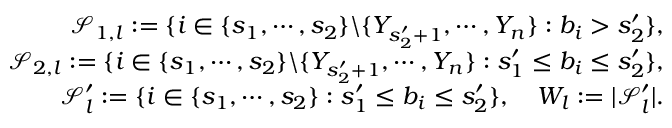
\begin{array} { r l r } & { } & { \mathcal { S } _ { 1 , l } : = \{ i \in \{ s _ { 1 } , \cdots , s _ { 2 } \} \backslash \{ Y _ { s _ { 2 } ^ { \prime } + 1 } , \cdots , Y _ { n } \} : b _ { i } > s _ { 2 } ^ { \prime } \} , } \\ & { } & { \mathcal { S } _ { 2 , l } : = \{ i \in \{ s _ { 1 } , \cdots , s _ { 2 } \} \backslash \{ Y _ { s _ { 2 } ^ { \prime } + 1 } , \cdots , Y _ { n } \} : s _ { 1 } ^ { \prime } \leq b _ { i } \leq s _ { 2 } ^ { \prime } \} , } \\ & { } & { \mathcal { S } _ { l } ^ { \prime } : = \{ i \in \{ s _ { 1 } , \cdots , s _ { 2 } \} : s _ { 1 } ^ { \prime } \leq b _ { i } \leq s _ { 2 } ^ { \prime } \} , \quad W _ { l } : = | \mathcal { S } _ { l } ^ { \prime } | . } \end{array}